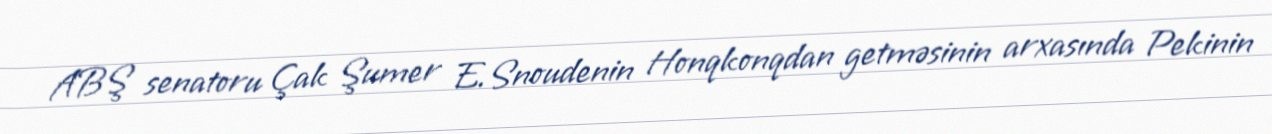
ABŞ senatoru Çak Şumer E.Snoudenin Honqkonqdan getməsinin arxasında Pekinin